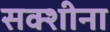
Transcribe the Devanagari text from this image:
सक्शीना